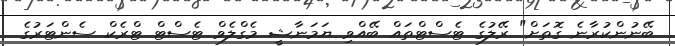
ބޭނުންކުރާނެ ގޮތަށް" ރޭލުގެ ޓެސްޓްތައް ބޭއްވި ޔަމަނާޝީ މެގްލެވް ޓެސްޓް ޓްރެކް ސެންޓަރުގެ